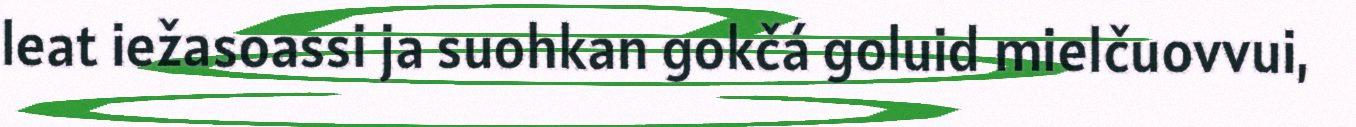
leat iežasoassi ja suohkan gokčá goluid mielčuovvui,